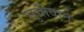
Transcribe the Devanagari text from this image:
सुग्रीवाने